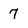
Character: 7